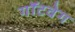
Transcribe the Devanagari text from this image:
गॉटवेग